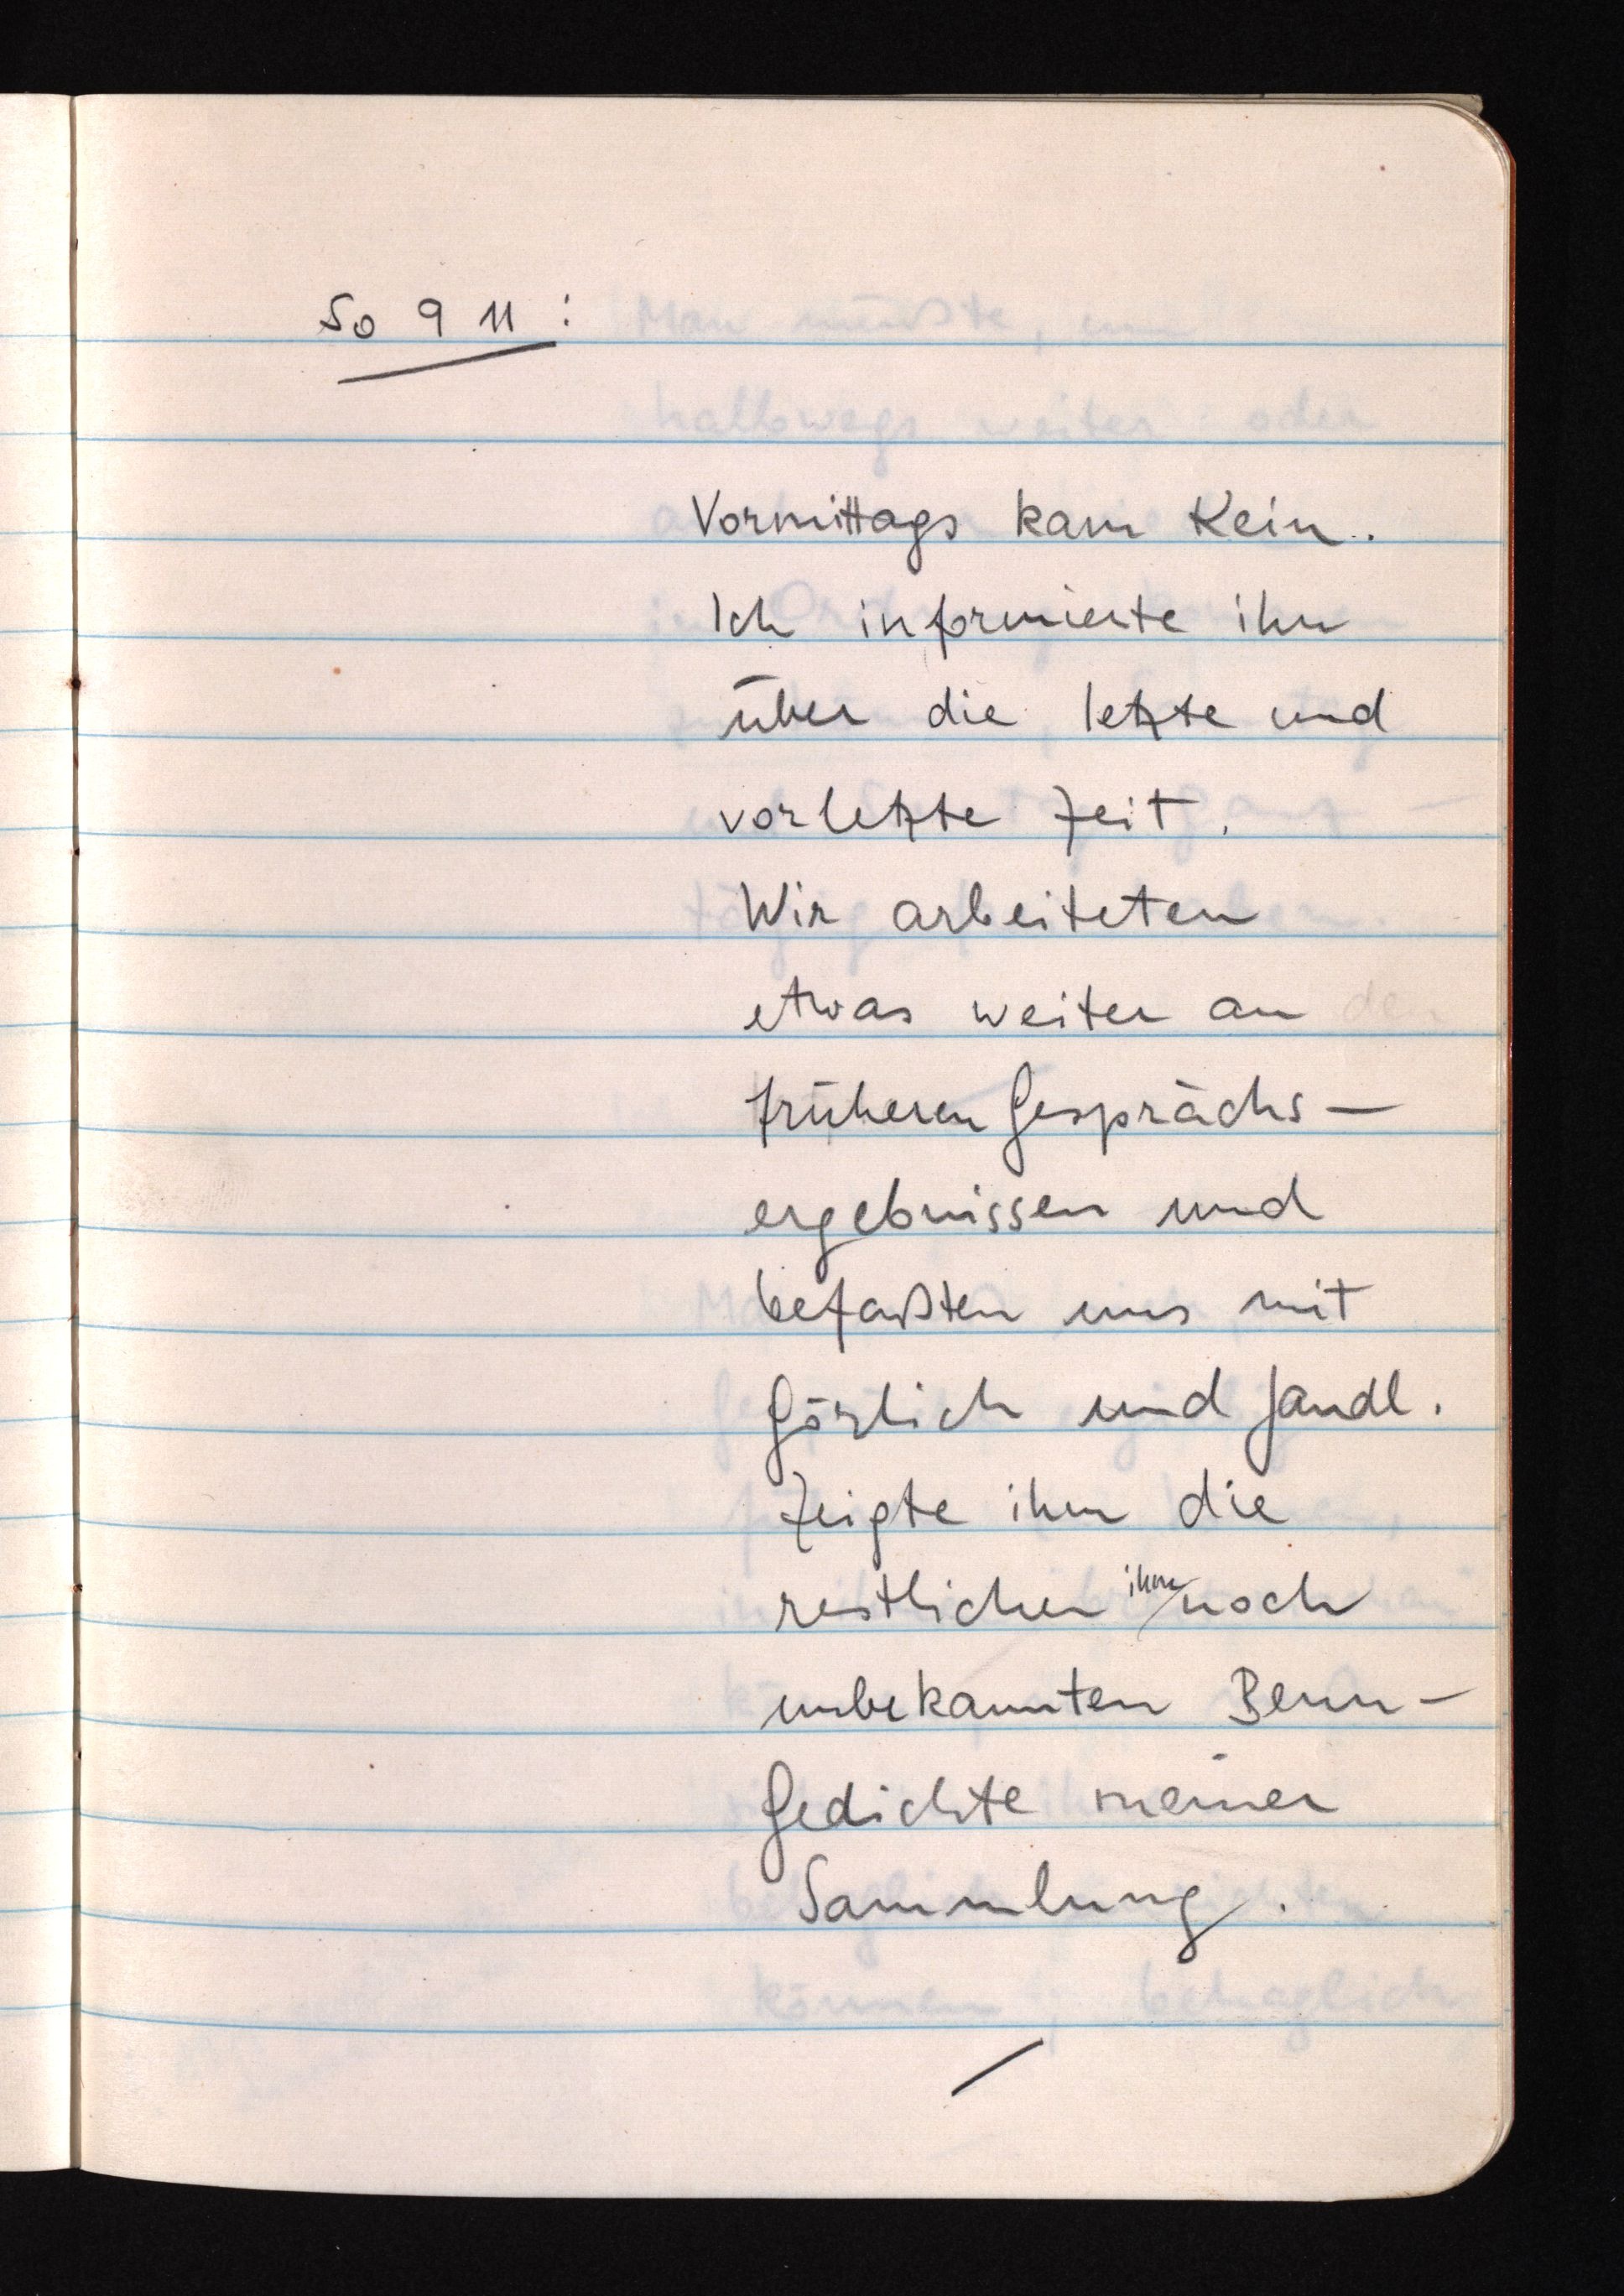
So 9 11:
Vormittags kam Kein.
Ich informierte ihn
über die letzte und
vorletzte Zeit.
Wir arbeiteten
etwas weiter an
früheren Gesprächs¬
ergebnissen und
befaßten uns mit
Görlich und Jandl.
Zeigte ihm die
ihm
restlichen noch
unbekannten Benn¬
Gedichte meiner
Sammlung.